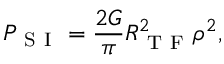
P _ { \mathrm { ~ S ~ I ~ } } = \frac { 2 G } { \pi } R _ { \mathrm { ~ T ~ F ~ } } ^ { 2 } \rho ^ { 2 } ,